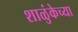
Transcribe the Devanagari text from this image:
शाळुंकेच्या